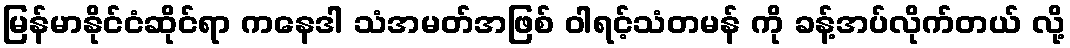
မြန်မာနိုင်ငံဆိုင်ရာ ကနေဒါ သံအမတ်အဖြစ် ဝါရင့်သံတမန် ကို ခန့်အပ်လိုက်တယ် လို့